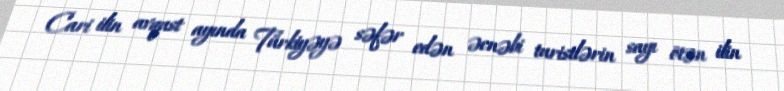
Cari ilin avqust ayında Türkiyəyə səfər edən əcnəbi turistlərin sayı ötən ilin